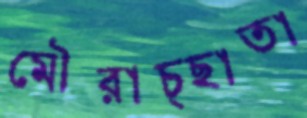
মৌরাচ্ছাতা